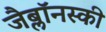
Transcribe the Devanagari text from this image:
जैब्लाॅनस्की